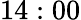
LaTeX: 14:00